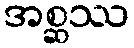
အစ္ဆဿ